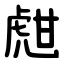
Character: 甝